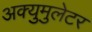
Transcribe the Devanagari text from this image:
अक्युमुलेटर